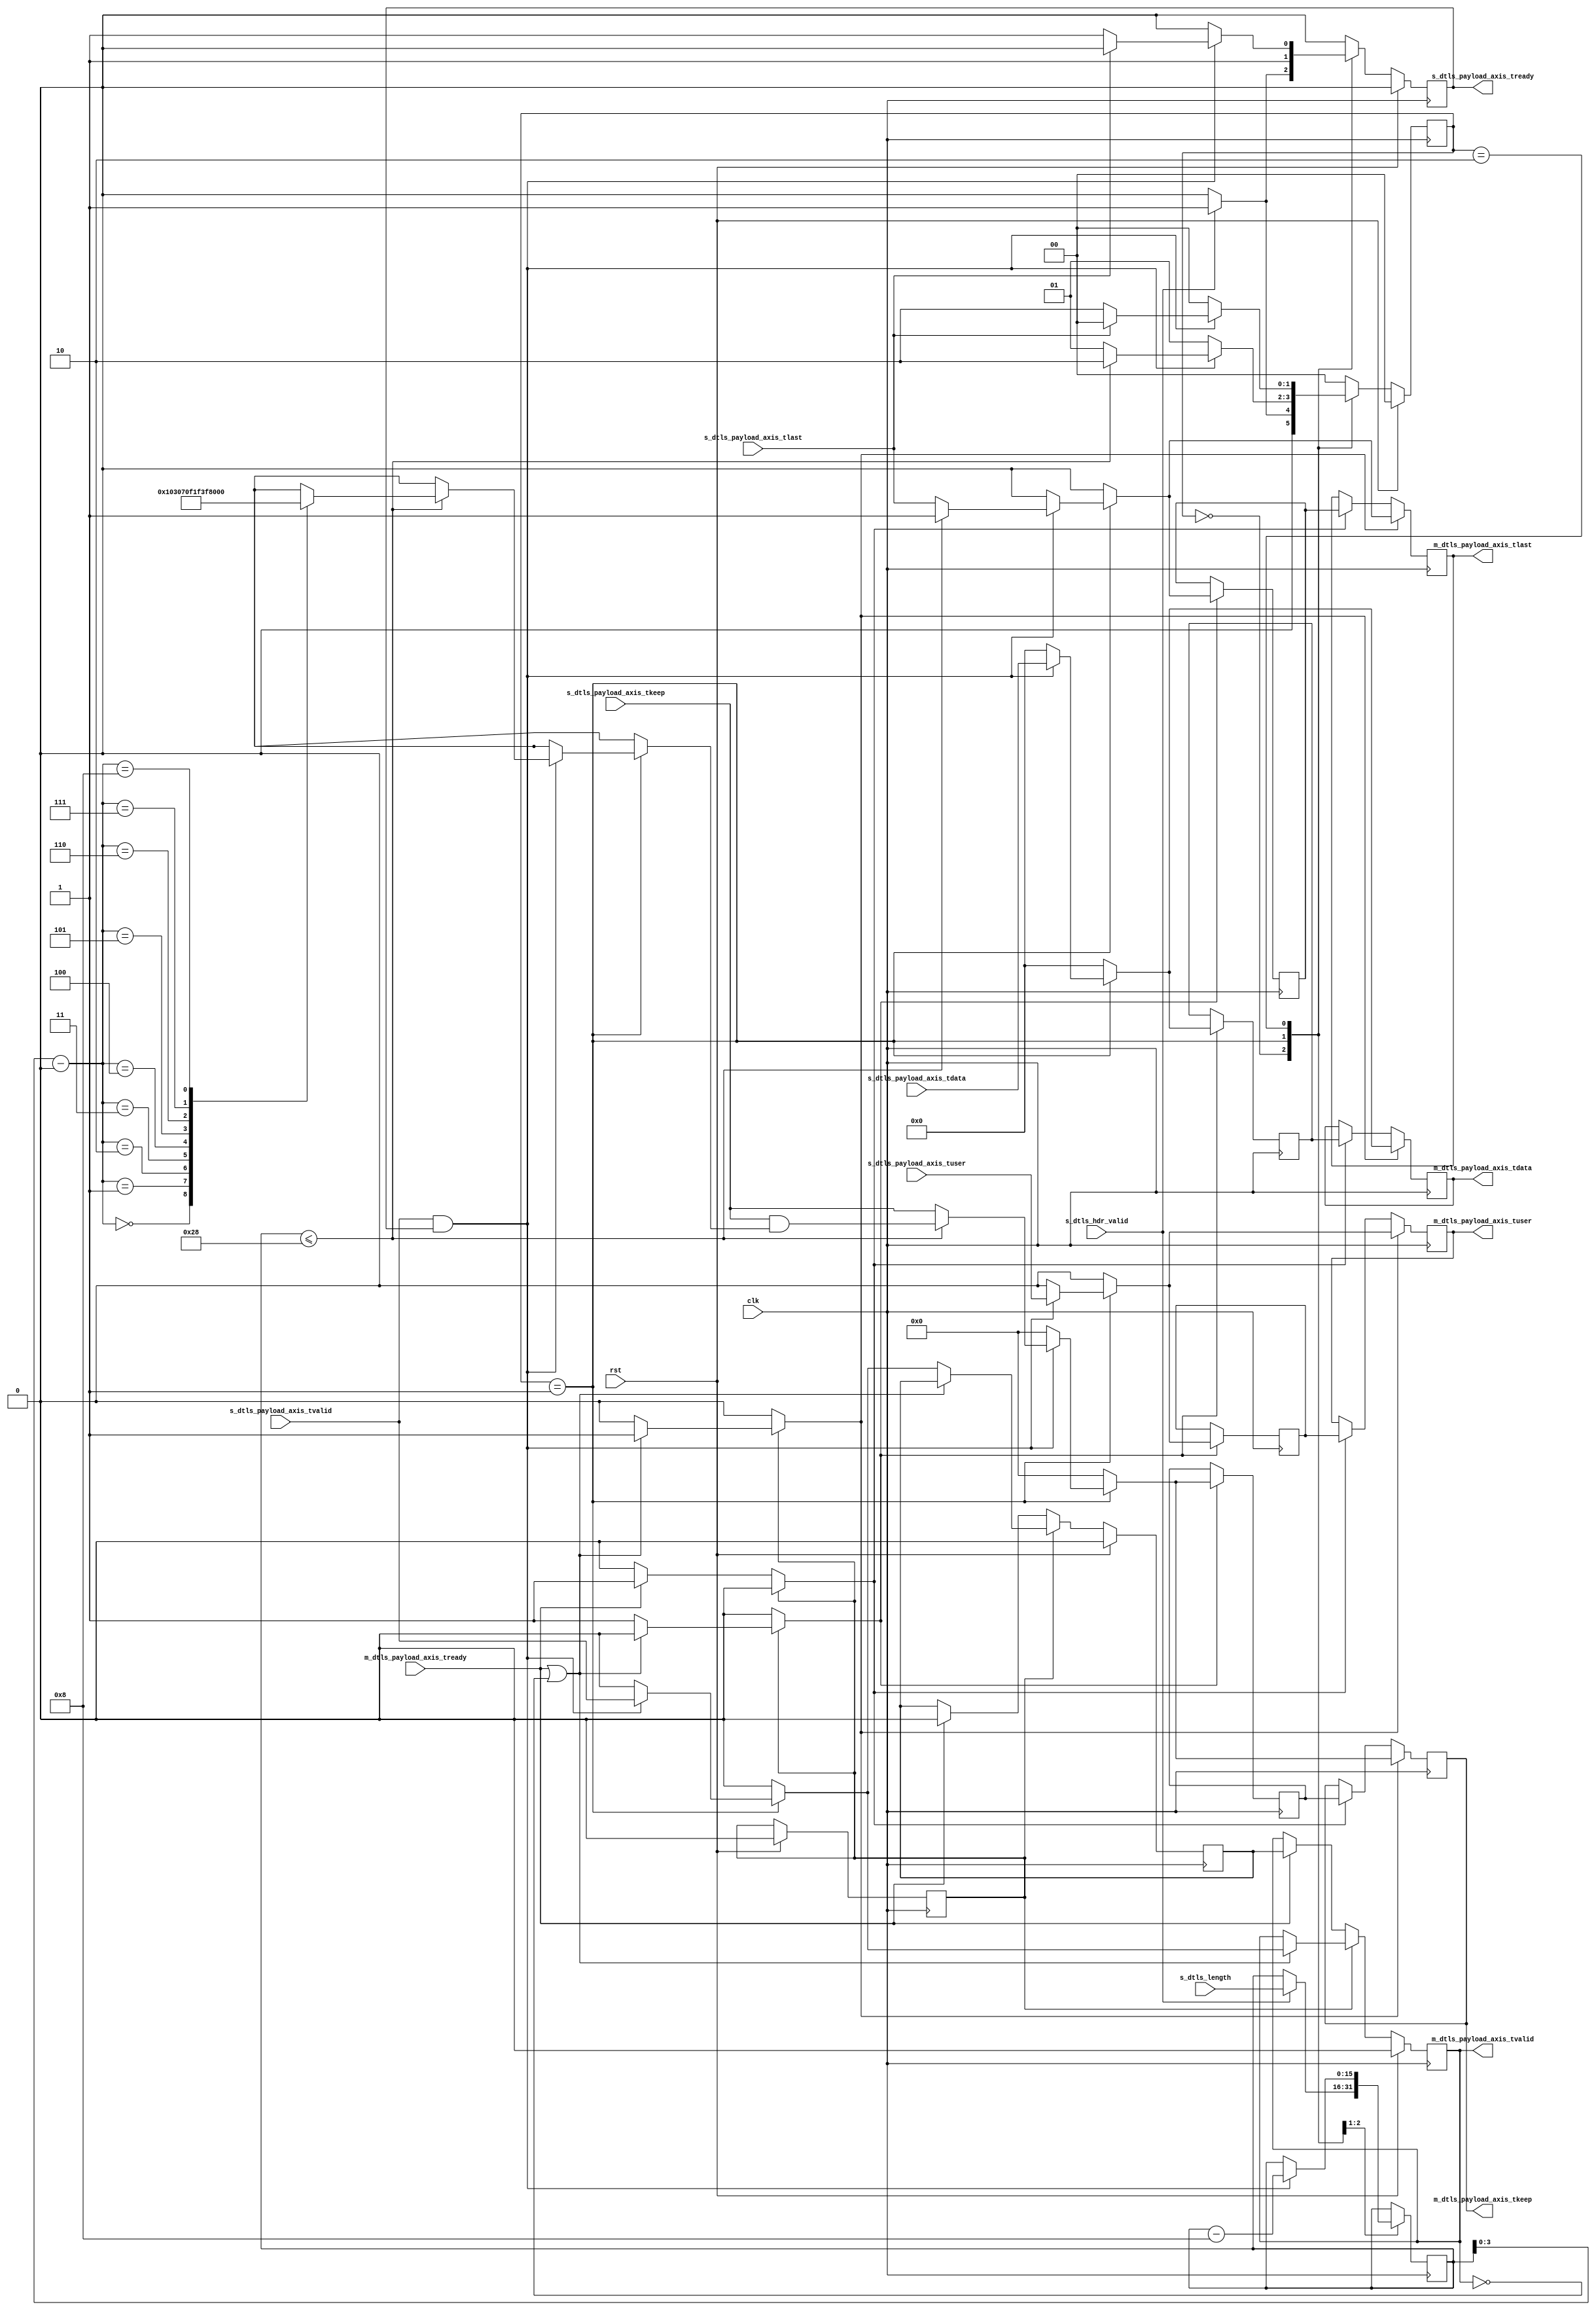
`resetall
`default_nettype none

// remove last x bytes of dtls payload

module dtls_remove_last_bytes
(
  input wire clk,
  input wire rst,

  input  wire        s_dtls_hdr_valid,
  input  wire [15:0] s_dtls_length,
  input  wire [63:0] s_dtls_payload_axis_tdata,
  input  wire [7:0]  s_dtls_payload_axis_tkeep,
  input  wire        s_dtls_payload_axis_tvalid,
  output wire        s_dtls_payload_axis_tready,
  input  wire        s_dtls_payload_axis_tlast,
  input  wire        s_dtls_payload_axis_tuser,

  output wire [63:0] m_dtls_payload_axis_tdata,
  output wire [7:0]  m_dtls_payload_axis_tkeep,
  output wire        m_dtls_payload_axis_tvalid,
  input  wire        m_dtls_payload_axis_tready,
  output wire        m_dtls_payload_axis_tlast,
  output wire        m_dtls_payload_axis_tuser
);

  localparam [1:0]
    STATE_IDLE = 2'd0,
    STATE_READ_PAYLOAD = 2'd1,
    STATE_WAIT_LAST = 2'd2;

  localparam BYTES_TO_REMOVE = 32;

  reg [1:0] state_reg = STATE_IDLE, state_next;

  reg [15:0] word_count_reg = 16'd0, word_count_next;
  reg s_dtls_payload_axis_tready_reg = 1'b0, s_dtls_payload_axis_tready_next;

  assign s_dtls_payload_axis_tready = s_dtls_payload_axis_tready_reg;

  // internal datapath
  reg [63:0] m_dtls_payload_axis_tdata_int;
  reg [7:0]  m_dtls_payload_axis_tkeep_int;
  reg        m_dtls_payload_axis_tvalid_int;
  reg        m_dtls_payload_axis_tready_int_reg = 1'b0;
  reg        m_dtls_payload_axis_tlast_int;
  reg        m_dtls_payload_axis_tuser_int;

  function [7:0] count2keep;
      input [3:0] k;
      case (k)
          4'd0: count2keep = 8'b00000000;
          4'd1: count2keep = 8'b00000001;
          4'd2: count2keep = 8'b00000011;
          4'd3: count2keep = 8'b00000111;
          4'd4: count2keep = 8'b00001111;
          4'd5: count2keep = 8'b00011111;
          4'd6: count2keep = 8'b00111111;
          4'd7: count2keep = 8'b01111111;
          4'd8: count2keep = 8'b11111111;
      endcase
  endfunction

  // FSM
  always @* begin
    state_next = STATE_IDLE;
    s_dtls_payload_axis_tready_next = 1'b0;
    word_count_next = word_count_reg;

    m_dtls_payload_axis_tdata_int = 64'd0;
    m_dtls_payload_axis_tkeep_int = 8'd0;
    m_dtls_payload_axis_tvalid_int = 1'b0;
    m_dtls_payload_axis_tlast_int = 1'b0;
    m_dtls_payload_axis_tuser_int = 1'b0;

    case (state_reg)
      STATE_IDLE: begin
        if (s_dtls_hdr_valid) begin
          s_dtls_payload_axis_tready_next = 1'b1;
          word_count_next = s_dtls_length;
          state_next = STATE_READ_PAYLOAD;
        end else begin
          state_next = STATE_IDLE;
        end
      end
      STATE_READ_PAYLOAD: begin
        if (s_dtls_payload_axis_tvalid && s_dtls_payload_axis_tready) begin
          word_count_next = word_count_reg - 16'd8;
          s_dtls_payload_axis_tready_next = 1'b1;
          m_dtls_payload_axis_tdata_int = s_dtls_payload_axis_tdata;
          m_dtls_payload_axis_tkeep_int = s_dtls_payload_axis_tkeep;
          m_dtls_payload_axis_tvalid_int = s_dtls_payload_axis_tvalid;
          m_dtls_payload_axis_tlast_int = s_dtls_payload_axis_tlast;
          m_dtls_payload_axis_tuser_int = s_dtls_payload_axis_tuser;
          if (word_count_reg <= BYTES_TO_REMOVE + 8) begin
            m_dtls_payload_axis_tkeep_int = s_dtls_payload_axis_tkeep & count2keep(word_count_reg - BYTES_TO_REMOVE);
            m_dtls_payload_axis_tlast_int = 1'b1;
            state_next = STATE_WAIT_LAST;
          end else begin
            state_next = STATE_READ_PAYLOAD;
          end
        end else begin
          s_dtls_payload_axis_tready_next = 1'b1;
          state_next = STATE_READ_PAYLOAD;
        end
      end
      STATE_WAIT_LAST: begin
        if (s_dtls_payload_axis_tvalid && s_dtls_payload_axis_tready) begin
          // read and discard until end of frame
          if (s_dtls_payload_axis_tlast) begin
            s_dtls_payload_axis_tready_next = 1'b0;
            state_next = STATE_IDLE;
          end else begin
            s_dtls_payload_axis_tready_next = 1'b1;
            state_next = STATE_WAIT_LAST;
          end
        end
      end
      default: begin
      end
    endcase
  end

  always @(posedge clk) begin
    if (rst) begin
      state_reg <= STATE_IDLE;
      s_dtls_payload_axis_tready_reg <= 1'b0;
    end else begin
      state_reg <= state_next;
      s_dtls_payload_axis_tready_reg <= s_dtls_payload_axis_tready_next;
    end

    word_count_reg <= word_count_next;
  end

  // output datapath logic
  reg [63:0] m_dtls_payload_axis_tdata_reg = 64'd0;
  reg [7:0]  m_dtls_payload_axis_tkeep_reg = 8'd0;
  reg        m_dtls_payload_axis_tvalid_reg = 1'b0, m_dtls_payload_axis_tvalid_next;
  reg        m_dtls_payload_axis_tlast_reg = 1'b0;
  reg        m_dtls_payload_axis_tuser_reg = 1'b0;

  reg [63:0] temp_m_dtls_payload_axis_tdata_reg = 64'd0;
  reg [7:0]  temp_m_dtls_payload_axis_tkeep_reg = 8'd0;
  reg        temp_m_dtls_payload_axis_tvalid_reg = 1'b0, temp_m_dtls_payload_axis_tvalid_next;
  reg        temp_m_dtls_payload_axis_tlast_reg = 1'b0;
  reg        temp_m_dtls_payload_axis_tuser_reg = 1'b0;

  // datapath control
  reg store_dtls_payload_int_to_output;
  reg store_dtls_payload_int_to_temp;
  reg store_dtls_payload_axis_temp_to_output;

  assign m_dtls_payload_axis_tdata = m_dtls_payload_axis_tdata_reg;
  assign m_dtls_payload_axis_tkeep = m_dtls_payload_axis_tkeep_reg;
  assign m_dtls_payload_axis_tvalid = m_dtls_payload_axis_tvalid_reg;
  assign m_dtls_payload_axis_tlast = m_dtls_payload_axis_tlast_reg;
  assign m_dtls_payload_axis_tuser = m_dtls_payload_axis_tuser_reg;

  always @* begin
      // transfer sink ready state to source
      m_dtls_payload_axis_tvalid_next = m_dtls_payload_axis_tvalid_reg;
      temp_m_dtls_payload_axis_tvalid_next = temp_m_dtls_payload_axis_tvalid_reg;

      store_dtls_payload_int_to_output = 1'b0;
      store_dtls_payload_int_to_temp = 1'b0;
      store_dtls_payload_axis_temp_to_output = 1'b0;
      
      if (m_dtls_payload_axis_tready_int_reg) begin
          // input is ready
          if (m_dtls_payload_axis_tready || !m_dtls_payload_axis_tvalid_reg) begin
              // output is ready or currently not valid, transfer data to output
              m_dtls_payload_axis_tvalid_next = m_dtls_payload_axis_tvalid_int;
              store_dtls_payload_int_to_output = 1'b1;
          end else begin
              // output is not ready, store input in temp
              temp_m_dtls_payload_axis_tvalid_next = m_dtls_payload_axis_tvalid_int;
              store_dtls_payload_int_to_temp = 1'b1;
          end
      end else if (m_dtls_payload_axis_tready) begin
          // input is not ready, but output is ready
          m_dtls_payload_axis_tvalid_next = temp_m_dtls_payload_axis_tvalid_reg;
          temp_m_dtls_payload_axis_tvalid_next = 1'b0;
          store_dtls_payload_axis_temp_to_output = 1'b1;
      end
  end

  always @(posedge clk) begin
      m_dtls_payload_axis_tvalid_reg <= m_dtls_payload_axis_tvalid_next;
      temp_m_dtls_payload_axis_tvalid_reg <= temp_m_dtls_payload_axis_tvalid_next;

      // datapath
      if (store_dtls_payload_int_to_output) begin
          m_dtls_payload_axis_tdata_reg <= m_dtls_payload_axis_tdata_int;
          m_dtls_payload_axis_tkeep_reg <= m_dtls_payload_axis_tkeep_int;
          m_dtls_payload_axis_tlast_reg <= m_dtls_payload_axis_tlast_int;
          m_dtls_payload_axis_tuser_reg <= m_dtls_payload_axis_tuser_int;
      end else if (store_dtls_payload_axis_temp_to_output) begin
          m_dtls_payload_axis_tdata_reg <= temp_m_dtls_payload_axis_tdata_reg;
          m_dtls_payload_axis_tkeep_reg <= temp_m_dtls_payload_axis_tkeep_reg;
          m_dtls_payload_axis_tlast_reg <= temp_m_dtls_payload_axis_tlast_reg;
          m_dtls_payload_axis_tuser_reg <= temp_m_dtls_payload_axis_tuser_reg;
      end

      if (store_dtls_payload_int_to_temp) begin
          temp_m_dtls_payload_axis_tdata_reg <= m_dtls_payload_axis_tdata_int;
          temp_m_dtls_payload_axis_tkeep_reg <= m_dtls_payload_axis_tkeep_int;
          temp_m_dtls_payload_axis_tlast_reg <= m_dtls_payload_axis_tlast_int;
          temp_m_dtls_payload_axis_tuser_reg <= m_dtls_payload_axis_tuser_int;
      end

      if (rst) begin
          m_dtls_payload_axis_tvalid_reg <= 1'b0;
          m_dtls_payload_axis_tready_int_reg <= 1'b0;
          temp_m_dtls_payload_axis_tvalid_reg <= 1'b0;
      end
  end
endmodule

`resetall